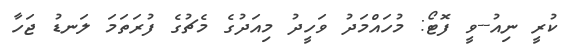
ކުރީ ނިއު--ވީ ފޮޓޯ: މުހައްމަދު ވަހީދު މިއަދުގެ މެޗުގެ ފުރަތަމަ ލަނޑު ޖަހާ